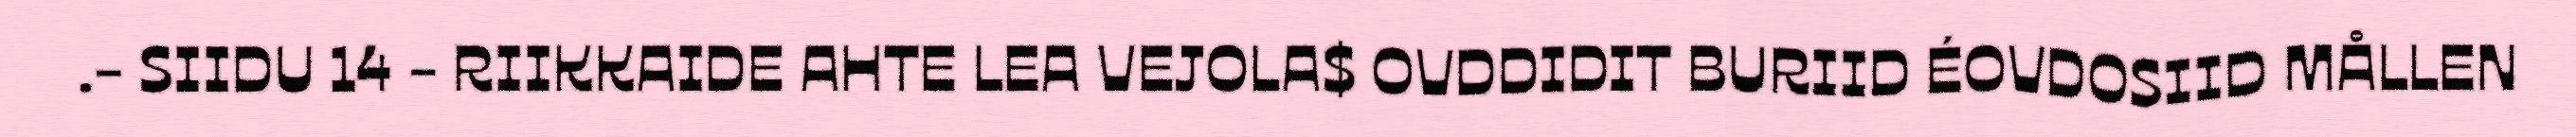
.- SIIDU 14 - RIIKKAIDE AHTE LEA VEJOLA$ OVDDIDIT BURIID ÉOVDOSIID MÅLLEN